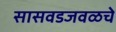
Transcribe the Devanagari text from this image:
सासवडजवळचे